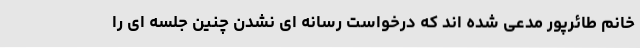
خانم طائرپور مدعی شده اند که درخواست رسانه ای نشدن چنین جلسه ای را